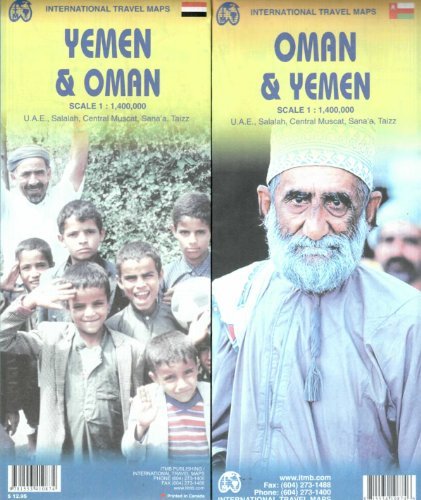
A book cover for By ITMB Canada Oman & Yemen 1:1,400,000 Including inset of U.A.E, Salalah, Central Muscat, Sana'a, Taizz ITM travel (3rd) [Map]; Travel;